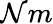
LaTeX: \mathcal{N}m